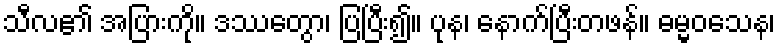
သီလ၏ အပြားကို။ ဒဿေတွာ၊ ပြပြီး၍။ ပုန၊ နောက်ပြီးတဖန်။ ဓမ္မဝသေန၊